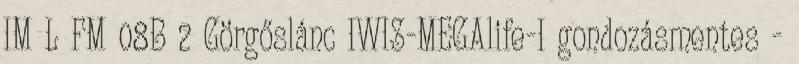
IM L FM 08B 2 Görgőslánc IWIS-MEGAlife-I gondozásmentes -